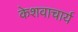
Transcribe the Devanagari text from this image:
केशवाचार्य